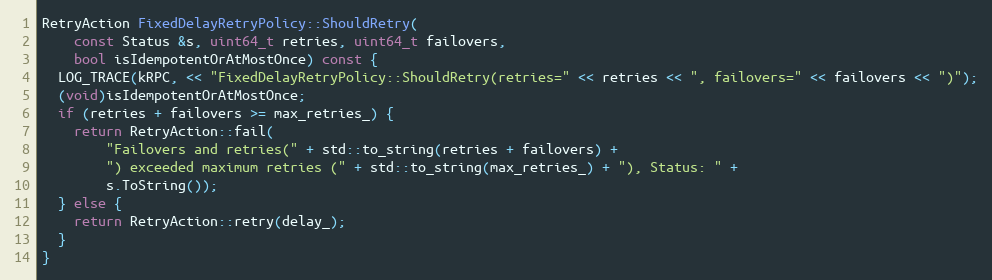
Language: C++
RetryAction FixedDelayRetryPolicy::ShouldRetry(
    const Status &s, uint64_t retries, uint64_t failovers,
    bool isIdempotentOrAtMostOnce) const {
  LOG_TRACE(kRPC, << "FixedDelayRetryPolicy::ShouldRetry(retries=" << retries << ", failovers=" << failovers << ")");
  (void)isIdempotentOrAtMostOnce;
  if (retries + failovers >= max_retries_) {
    return RetryAction::fail(
        "Failovers and retries(" + std::to_string(retries + failovers) +
        ") exceeded maximum retries (" + std::to_string(max_retries_) + "), Status: " +
        s.ToString());
  } else {
    return RetryAction::retry(delay_);
  }
}